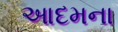
આદમના